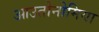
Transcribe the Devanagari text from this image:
आउतोनोमिया